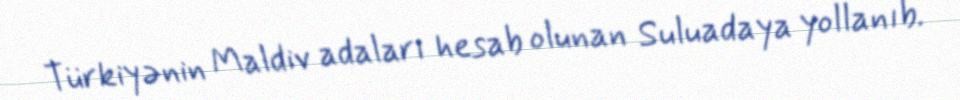
Türkiyənin Maldiv adaları hesab olunan Suluadaya yollanıb.